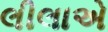
લીલાએ